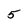
Character: 5